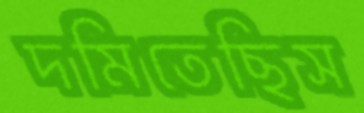
দমিতেছিস